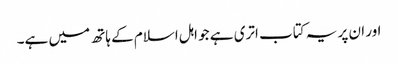
اور ان پر یہ کتاب اتری ہے جو اہل اسلام کے ہاتھ میں ہے۔